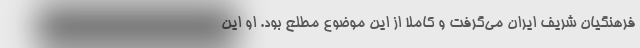
فرهنگیان شریف ایران می‌گرفت و کاملا از این موضوع مطلع بود. او این